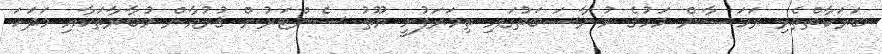
ބަރަކާތްތެރި ރަމަޟާން މަހުގެ މުނާސަބަތުގައި ތިމަރަފުށީ ޔޫތު ސެންޓަރުން ޤުރުއާން މުބާރާތަކާއި މަދަހަ